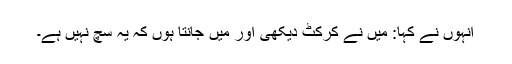
انہوں نے کہا: میں نے کرکٹ دیکھی اور میں جانتا ہوں کہ یہ سچ نہیں ہے۔